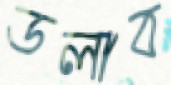
ডলাব